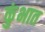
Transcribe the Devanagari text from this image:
कुंभात